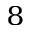
^ 8